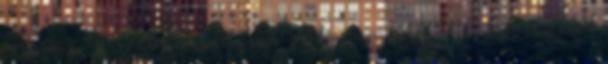
sorjában "fertőztek meg" az újabbak és újabbak. Mindegyik által